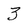
Character: 3